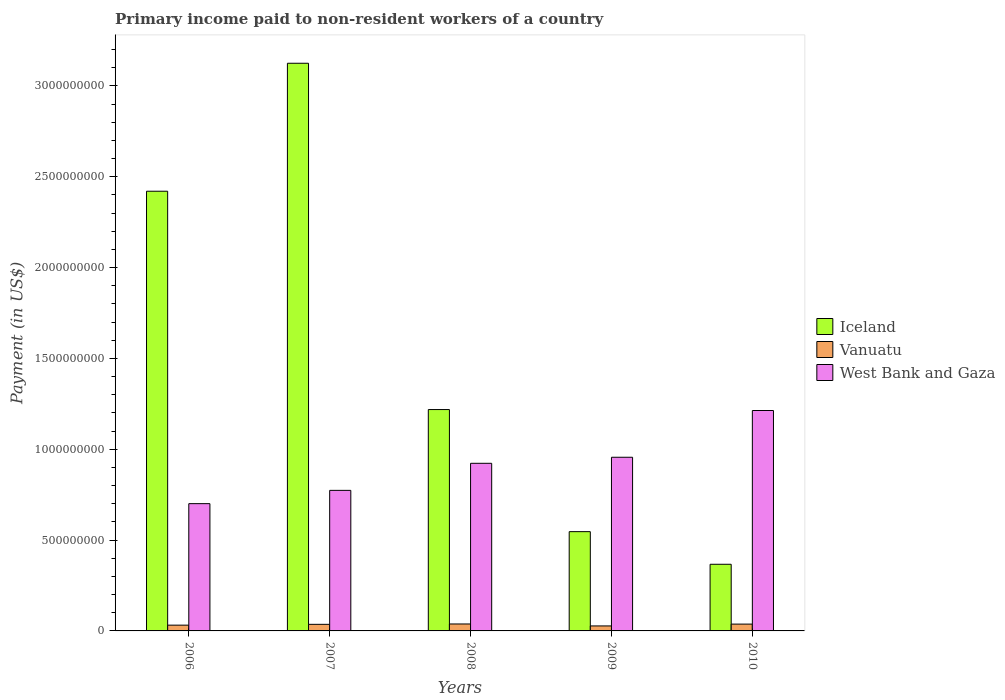
| Years | Iceland | Vanuatu | West Bank and Gaza |
 | --- | --- | --- | --- |
 | 2006 | 2.42e+09 | 3.18e+07 | 7.01e+08 |
 | 2007 | 3.12e+09 | 3.63e+07 | 7.74e+08 |
 | 2008 | 1.22e+09 | 3.82e+07 | 9.23e+08 |
 | 2009 | 5.46e+08 | 2.74e+07 | 9.56e+08 |
 | 2010 | 3.67e+08 | 3.75e+07 | 1.21e+09 |